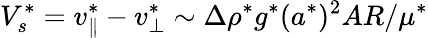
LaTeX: V_{s}^{*}=v_{\parallel}^{*}-v_{\bot}^{*}\sim{\Delta\rho^{*}g^{*}(a^{*})^{2}AR}/{\mu^{*}}